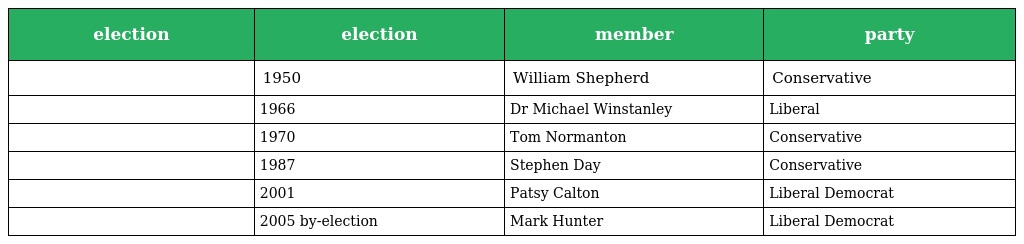
| election | election | member | party |
 | --- | --- | --- | --- |
 |  | 1950 | William Shepherd | Conservative |
 |  | 1966 | Dr Michael Winstanley | Liberal |
 |  | 1970 | Tom Normanton | Conservative |
 |  | 1987 | Stephen Day | Conservative |
 |  | 2001 | Patsy Calton | Liberal Democrat |
 |  | 2005 by-election | Mark Hunter | Liberal Democrat |